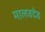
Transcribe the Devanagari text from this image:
मालवदेव